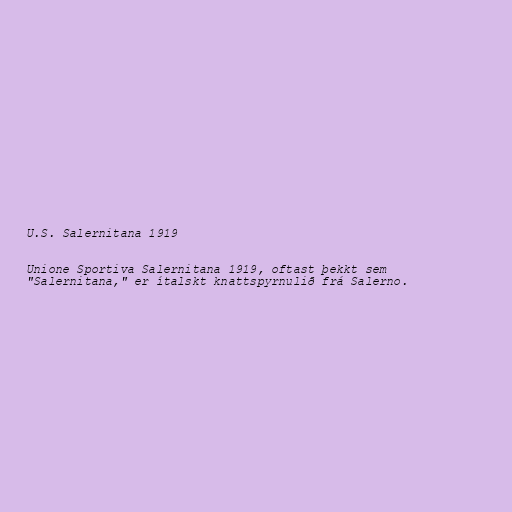
U.S. Salernitana 1919

Unione Sportiva Salernitana 1919, oftast þekkt sem
"Salernitana," er ítalskt knattspyrnulið frá Salerno.